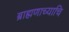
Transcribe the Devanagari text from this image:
ब्राह्मणाच्याचि